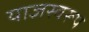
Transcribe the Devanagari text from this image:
याज्ञस्वरूप